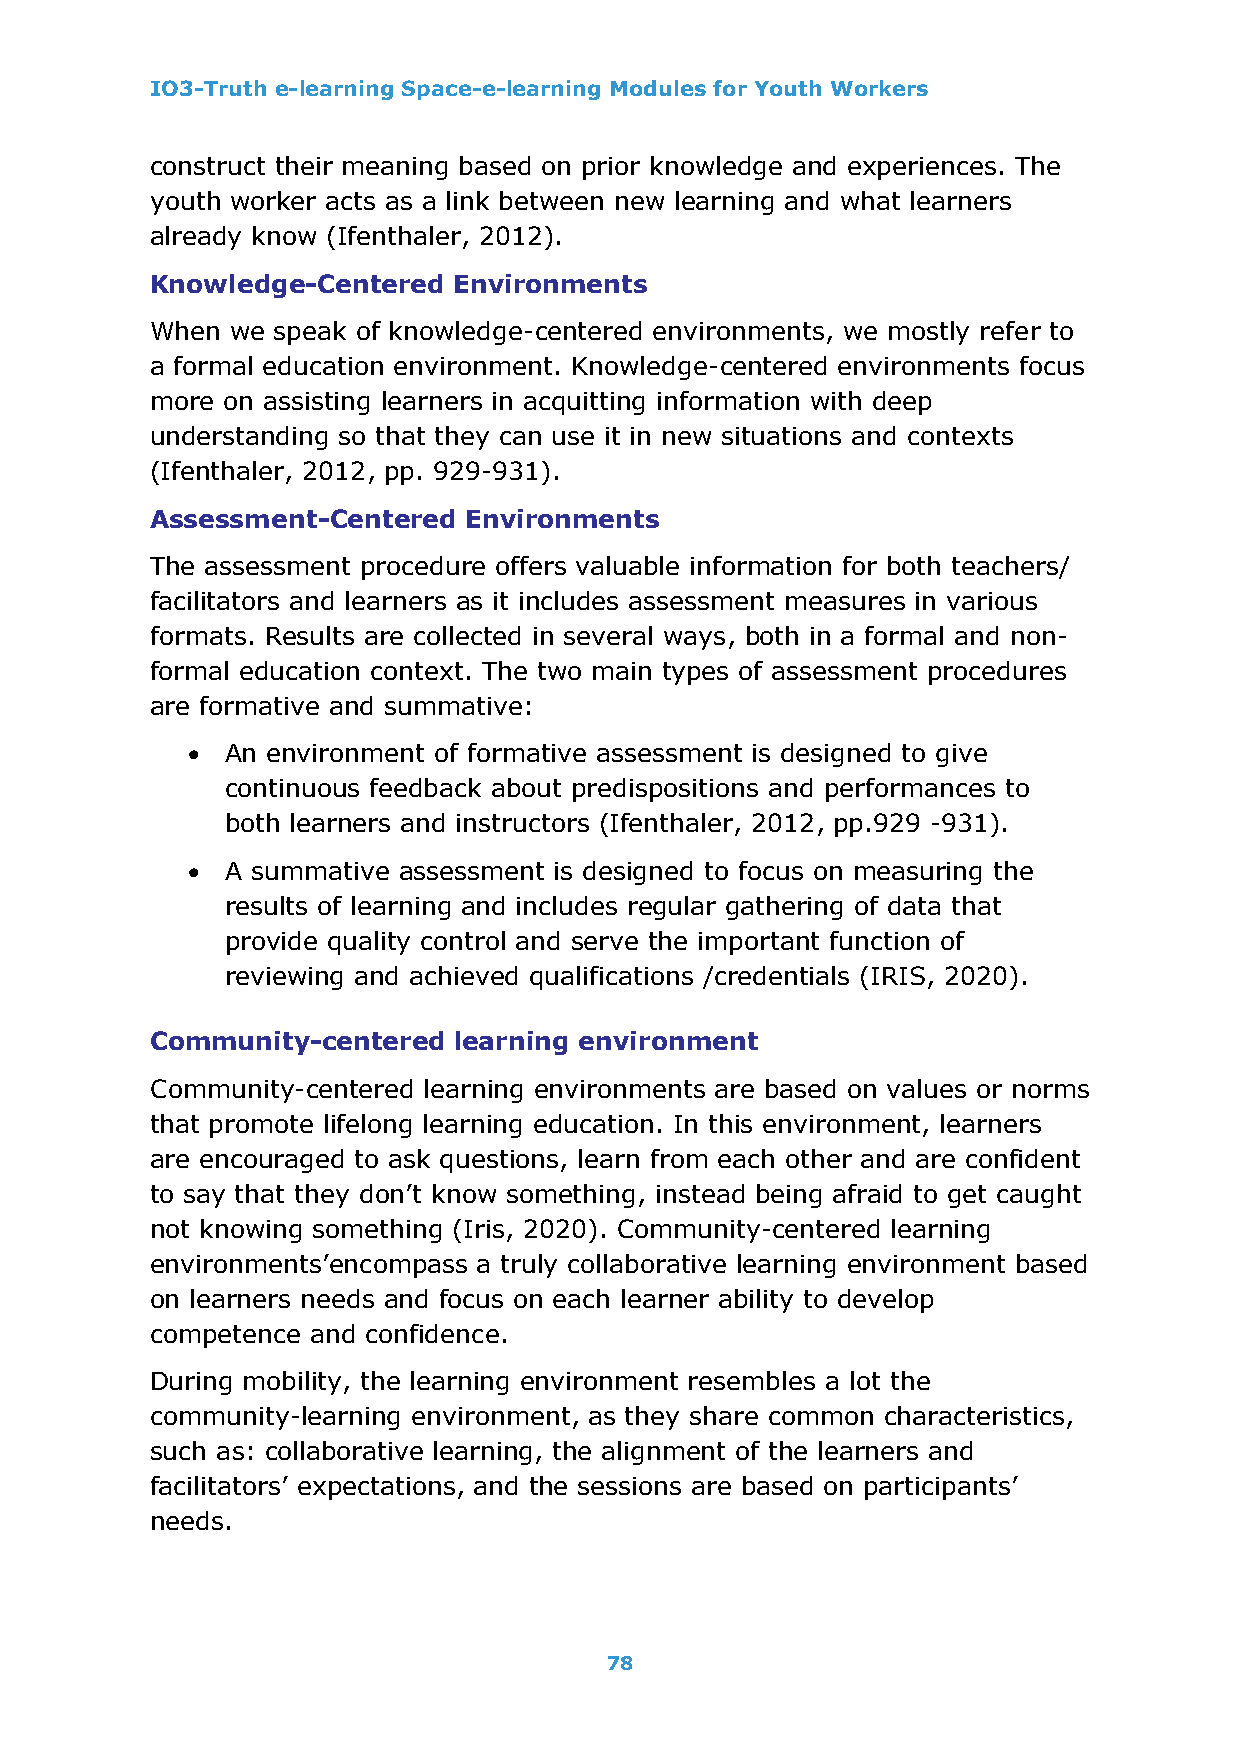
IO3-Truth e-learning Space-e-learning Modules for Youth Workers
 construct their meaning based on prior knowledge and experiences. The
 youth worker acts as a link between new learning and what learners
 already know (Ifenthaler, 2012).
 Knowledge-Centered  Environments
 When we speak of knowledge-centered environments, we mostly refer to
 a formal education environment. Knowledge-centered environments focus
 more on assisting learners in acquitting information with deep
 understanding so that they can use it in new situations and contexts
 (Ifenthaler, 2012, pp. 929-931).
 Assessment-Centered  Environments
 Τhe assessment procedure offers valuable information for both teachers/
 facilitators and learners as it includes assessment measures in various
 formats. Results are collected in several ways, both in a formal and non-
 formal education context. The two main types of assessment procedures
 are formative and summative:
 •  An environment of formative assessment is designed to give
 continuous feedback about predispositions and performances to
 both learners and instructors (Ifenthaler, 2012, pp.929 -931).
 •  A summative assessment is designed to focus on measuring the
 results of learning and includes regular gathering of data that
 provide quality control and serve the important function of
 reviewing and achieved qualifications /credentials (IRIS, 2020).
 Community-centered  learning environment
 Community-centered learning environments are based on values or norms
 that promote lifelong learning education. In this environment, learners
 are encouraged to ask questions, learn from each other and are confident
 to say that they don’t know something, instead being afraid to get caught
 not knowing something (Iris, 2020). Community-centered learning
 environments’encompass a truly collaborative learning environment based
 on learners needs and focus on each learner ability to develop
 competence and confidence.
 During mobility, the learning environment resembles a lot the
 community-learning environment, as they share common characteristics,
 such as: collaborative learning, the alignment of the learners and
 facilitators’ expectations, and the sessions are based on participants’
 needs.
 78